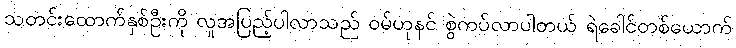
သတင်းထောက်နှစ်ဦးကို လူအပြည့်ပါလာသည် ဝမ်ဟုနင် စွဲကပ်လာပါတယ် ရဲခေါင်တစ်ယောက်